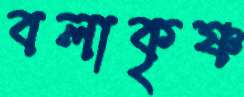
বলাকৃষ্ণ